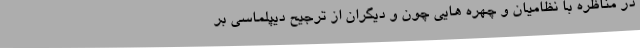
در مناظره با نظامیان و چهره هایی چون و دیگران از ترجیح دیپلماسی بر